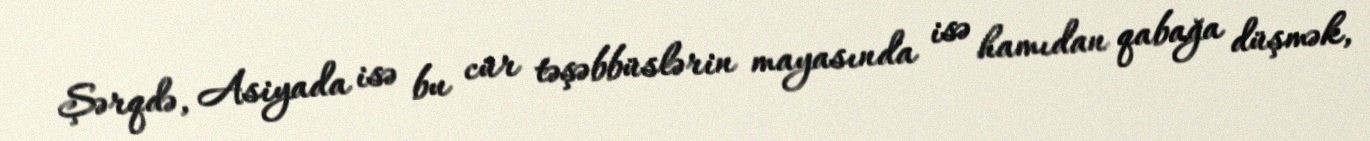
Şərqdə, Asiyada isə bu cür təşəbbüslərin mayasında isə hamıdan qabağa düşmək,